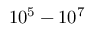
1 0 ^ { 5 } - 1 0 ^ { 7 }